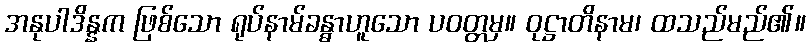
အနုပါဒိန္နက ဖြစ်သော ရုပ်နာမ်ခန္ဓာဟူသော ပဝတ္တမှ။ ဝုဋ္ဌာတိနာမ၊ ထသည်မည်၏။